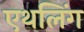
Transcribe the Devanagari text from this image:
एथलिंग